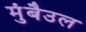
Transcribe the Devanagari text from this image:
मुंबैउल